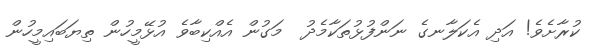
ކުރާށެވެ! އަދި އެކަލާނގެ ނަންފުޅުތަކާމެދު  މަގުން އެއްކިބާވެ އުޅޭމީހުން ތިޔަބައިމީހުން